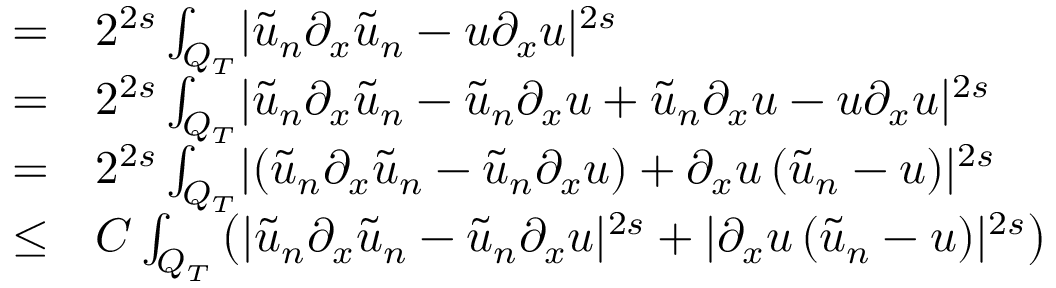
\begin{array} { r l } { = } & { { } 2 ^ { 2 s } \int _ { Q _ { T } } \lvert \tilde { u } _ { n } \partial _ { x } \tilde { u } _ { n } - u \partial _ { x } u \rvert ^ { 2 s } } \\ { = } & { { } 2 ^ { 2 s } \int _ { Q _ { T } } \lvert \tilde { u } _ { n } \partial _ { x } \tilde { u } _ { n } - \tilde { u } _ { n } \partial _ { x } u + \tilde { u } _ { n } \partial _ { x } u - u \partial _ { x } u \rvert ^ { 2 s } } \\ { = } & { { } 2 ^ { 2 s } \int _ { Q _ { T } } \lvert \left( \tilde { u } _ { n } \partial _ { x } \tilde { u } _ { n } - \tilde { u } _ { n } \partial _ { x } u \right) + \partial _ { x } u \left( \tilde { u } _ { n } - u \right) \rvert ^ { 2 s } } \\ { \leq } & { { } C \int _ { Q _ { T } } \left( \lvert \tilde { u } _ { n } \partial _ { x } \tilde { u } _ { n } - \tilde { u } _ { n } \partial _ { x } u \rvert ^ { 2 s } + \lvert \partial _ { x } u \left( \tilde { u } _ { n } - u \right) \rvert ^ { 2 s } \right) } \end{array}